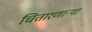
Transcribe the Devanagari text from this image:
चितारणाऱ्या